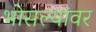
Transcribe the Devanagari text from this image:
भोसल्यांवर